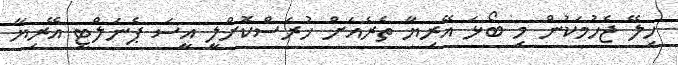
ހިލޭ ޖެހުމަކުން މި ބޯޅަ އޭރިޔާ ތެރެއަށް ހުރަސްކޮށްލީ އީސަ ޕެނަލްޓީ އޭރިޔާ